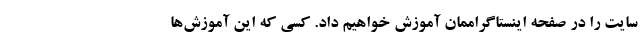
سایت را در صفحه اینستاگراممان آموزش خواهیم داد. کسی که این آموزش‌ها